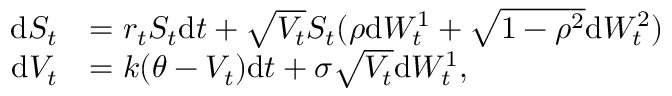
\begin{array} { r l } { \mathrm { d } S _ { t } } & { = r _ { t } S _ { t } \mathrm { d } t + \sqrt { V _ { t } } S _ { t } ( \rho \mathrm { d } W _ { t } ^ { 1 } + \sqrt { 1 - \rho ^ { 2 } } \mathrm { d } W _ { t } ^ { 2 } ) } \\ { \mathrm { d } V _ { t } } & { = k ( \theta - V _ { t } ) \mathrm { d } t + \sigma \sqrt { V _ { t } } \mathrm { d } W _ { t } ^ { 1 } , } \end{array}